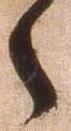
之